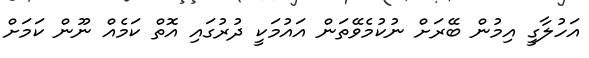
އަހުލާގީ އިމުން ބޭރަށް ނުކުމެވޭތަން އައުމަކީ ދުރުގައި އޮތް ކަމެއް ނޫން ކަމަށް